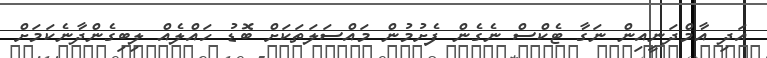
އަދި އާމްދަނީއިން ނަގާ ޓެކްސް ނެގެން ފެށުމުން މައްސަލަތަކަށް ބޮޑު ހައްލެއް ލިބިގެންދާނެކަމަށް